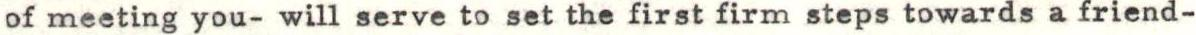
of meeting you- will serve to set the first firm steps towards a friend-